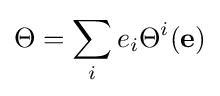
\Theta =\sum _{i}e_{i}\Theta ^{i}(\mathbf {e} )